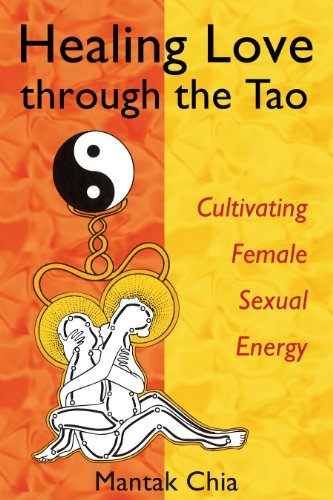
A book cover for Healing Love through the Tao: Cultivating Female Sexual Energy; Mantak Chia; Comics & Graphic Novels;